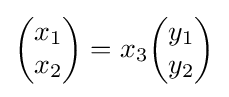
{\begin{pmatrix}x_{1}\\x_{2}\end{pmatrix}}=x_{3}{\begin{pmatrix}y_{1}\\y_{2}\end{pmatrix}}